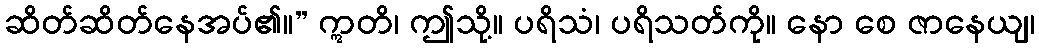
ဆိတ်ဆိတ်နေအပ်၏။” ဣတိ၊ ဤသို့။ ပရိသံ၊ ပရိသတ်ကို။ နော စေ ဇာနေယျ၊